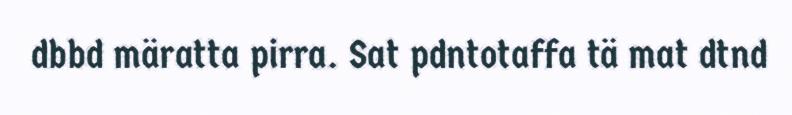
dbbd märatta pirra. Sat pdntotaffa tä mat dtnd